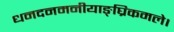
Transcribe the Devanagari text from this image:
धनदनमनीयाङ्‌घ्रिकमले।